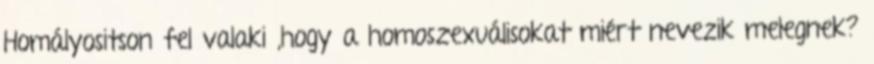
Homályositson fel valaki ,hogy a homoszexuálisokat miért nevezik melegnek?